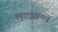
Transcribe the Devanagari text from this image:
ज्युडाइझमचे